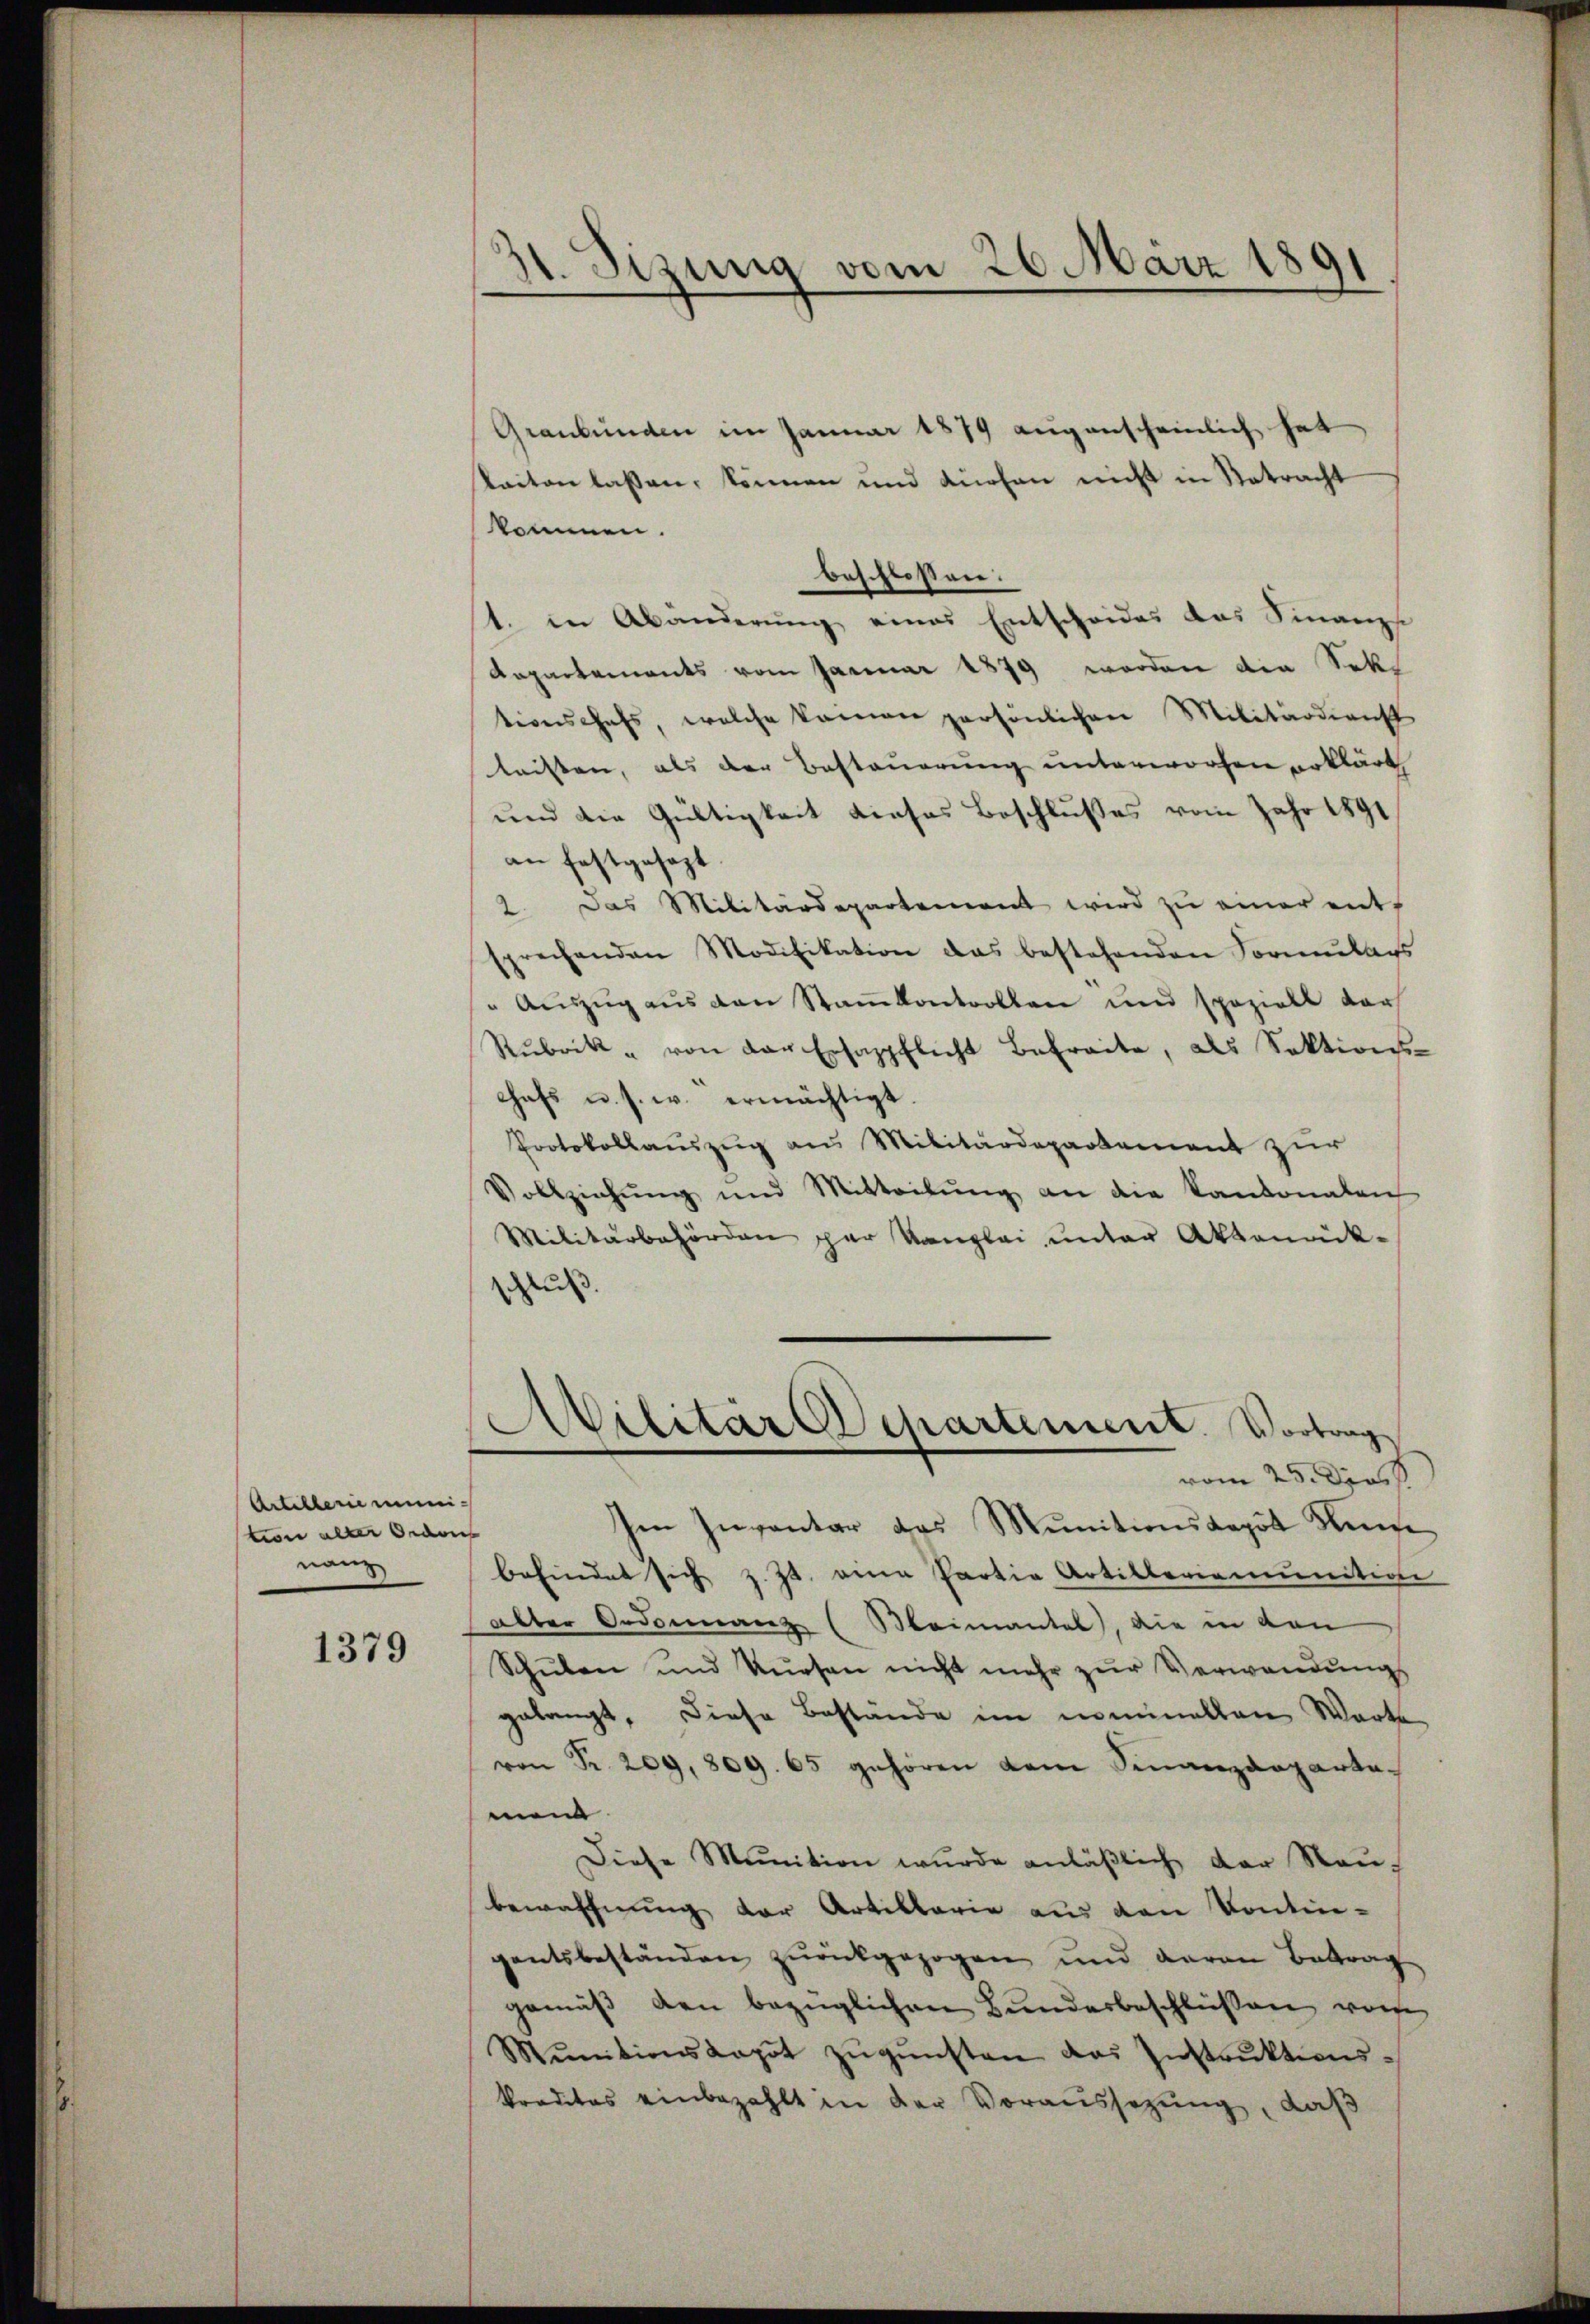
Artillerie minition aller Ordon
nanz

1379

Graubünden im Januar 1879 augenscheinlich hat
keiten lassen, können und dürfen nicht in Retracht
kommen.
1. in Abänderŭng eines Entscheides das Finanzs
Repartements vom Januar 1879 worden die Sekt
tionschafs, welche kamen persönlichen Militärdienst
leisten, als der Besteuerung unterworfen erklärt
und die Gültigkeit dieses Beschlußes vom Jahr 1891
an festgesezt
2. Das Militärdepartement wird zu einer ents
prechenden Modifikation das bestehenden Formŭlars
" Auszug aus den Stankontrollen und speziell dar
Rubrik " von der Ersazpflicht befreite, als Sektions-
chefs u. s. w. ermächtigt.
Protokollaŭszŭg ans Militärdepartement zŭr
Vollziehŭng und Mitteilŭng an die Kantonalen
Militärbehörden par Kanzlei ŭnter Aktenrück-
schluß.

1. Sizung vom 26. März 189

beschlossen:

Im Inventar das Munitionskapitt Keise
befindet sich z. Zt. eine Partia Artillariomunition
alter Ordonnanze (Meimantel, die in den
Schŭlen und Kiesen nicht mehr zŭr Verwendŭngs
gelangt, diese Bestände im nominellen Warte
von Fr. 209, 809. 65 gehören dem Sinanzdeparta-
men
Diese Munition wurde anläβlich der Neŭ-
bewaffnung der Artillarie aus den Kontin-
gentsbeständen zurückgezogen und daran Betrag
gemäβ den bezüglichen Bunderbeschlüßen von
Mŭnitionskapot zŭgŭnsten das Instrŭktionskreditas einbezahlt in der Voraussezung, daß

Militär Departement. Vortrag
vom 25. Dass